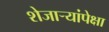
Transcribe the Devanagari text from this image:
शेजाऱ्यांपेक्षा